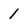
Character: 1